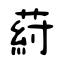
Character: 葤